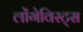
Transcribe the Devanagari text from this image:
लोंगेविस्ट्स